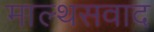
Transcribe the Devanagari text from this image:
माल्थसवाद